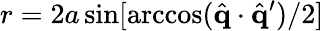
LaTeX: r=2a\sin[\operatorname{arccos}(\hat{\mathbf{q}}\cdot\hat{\mathbf{q}}^{\prime})/2]